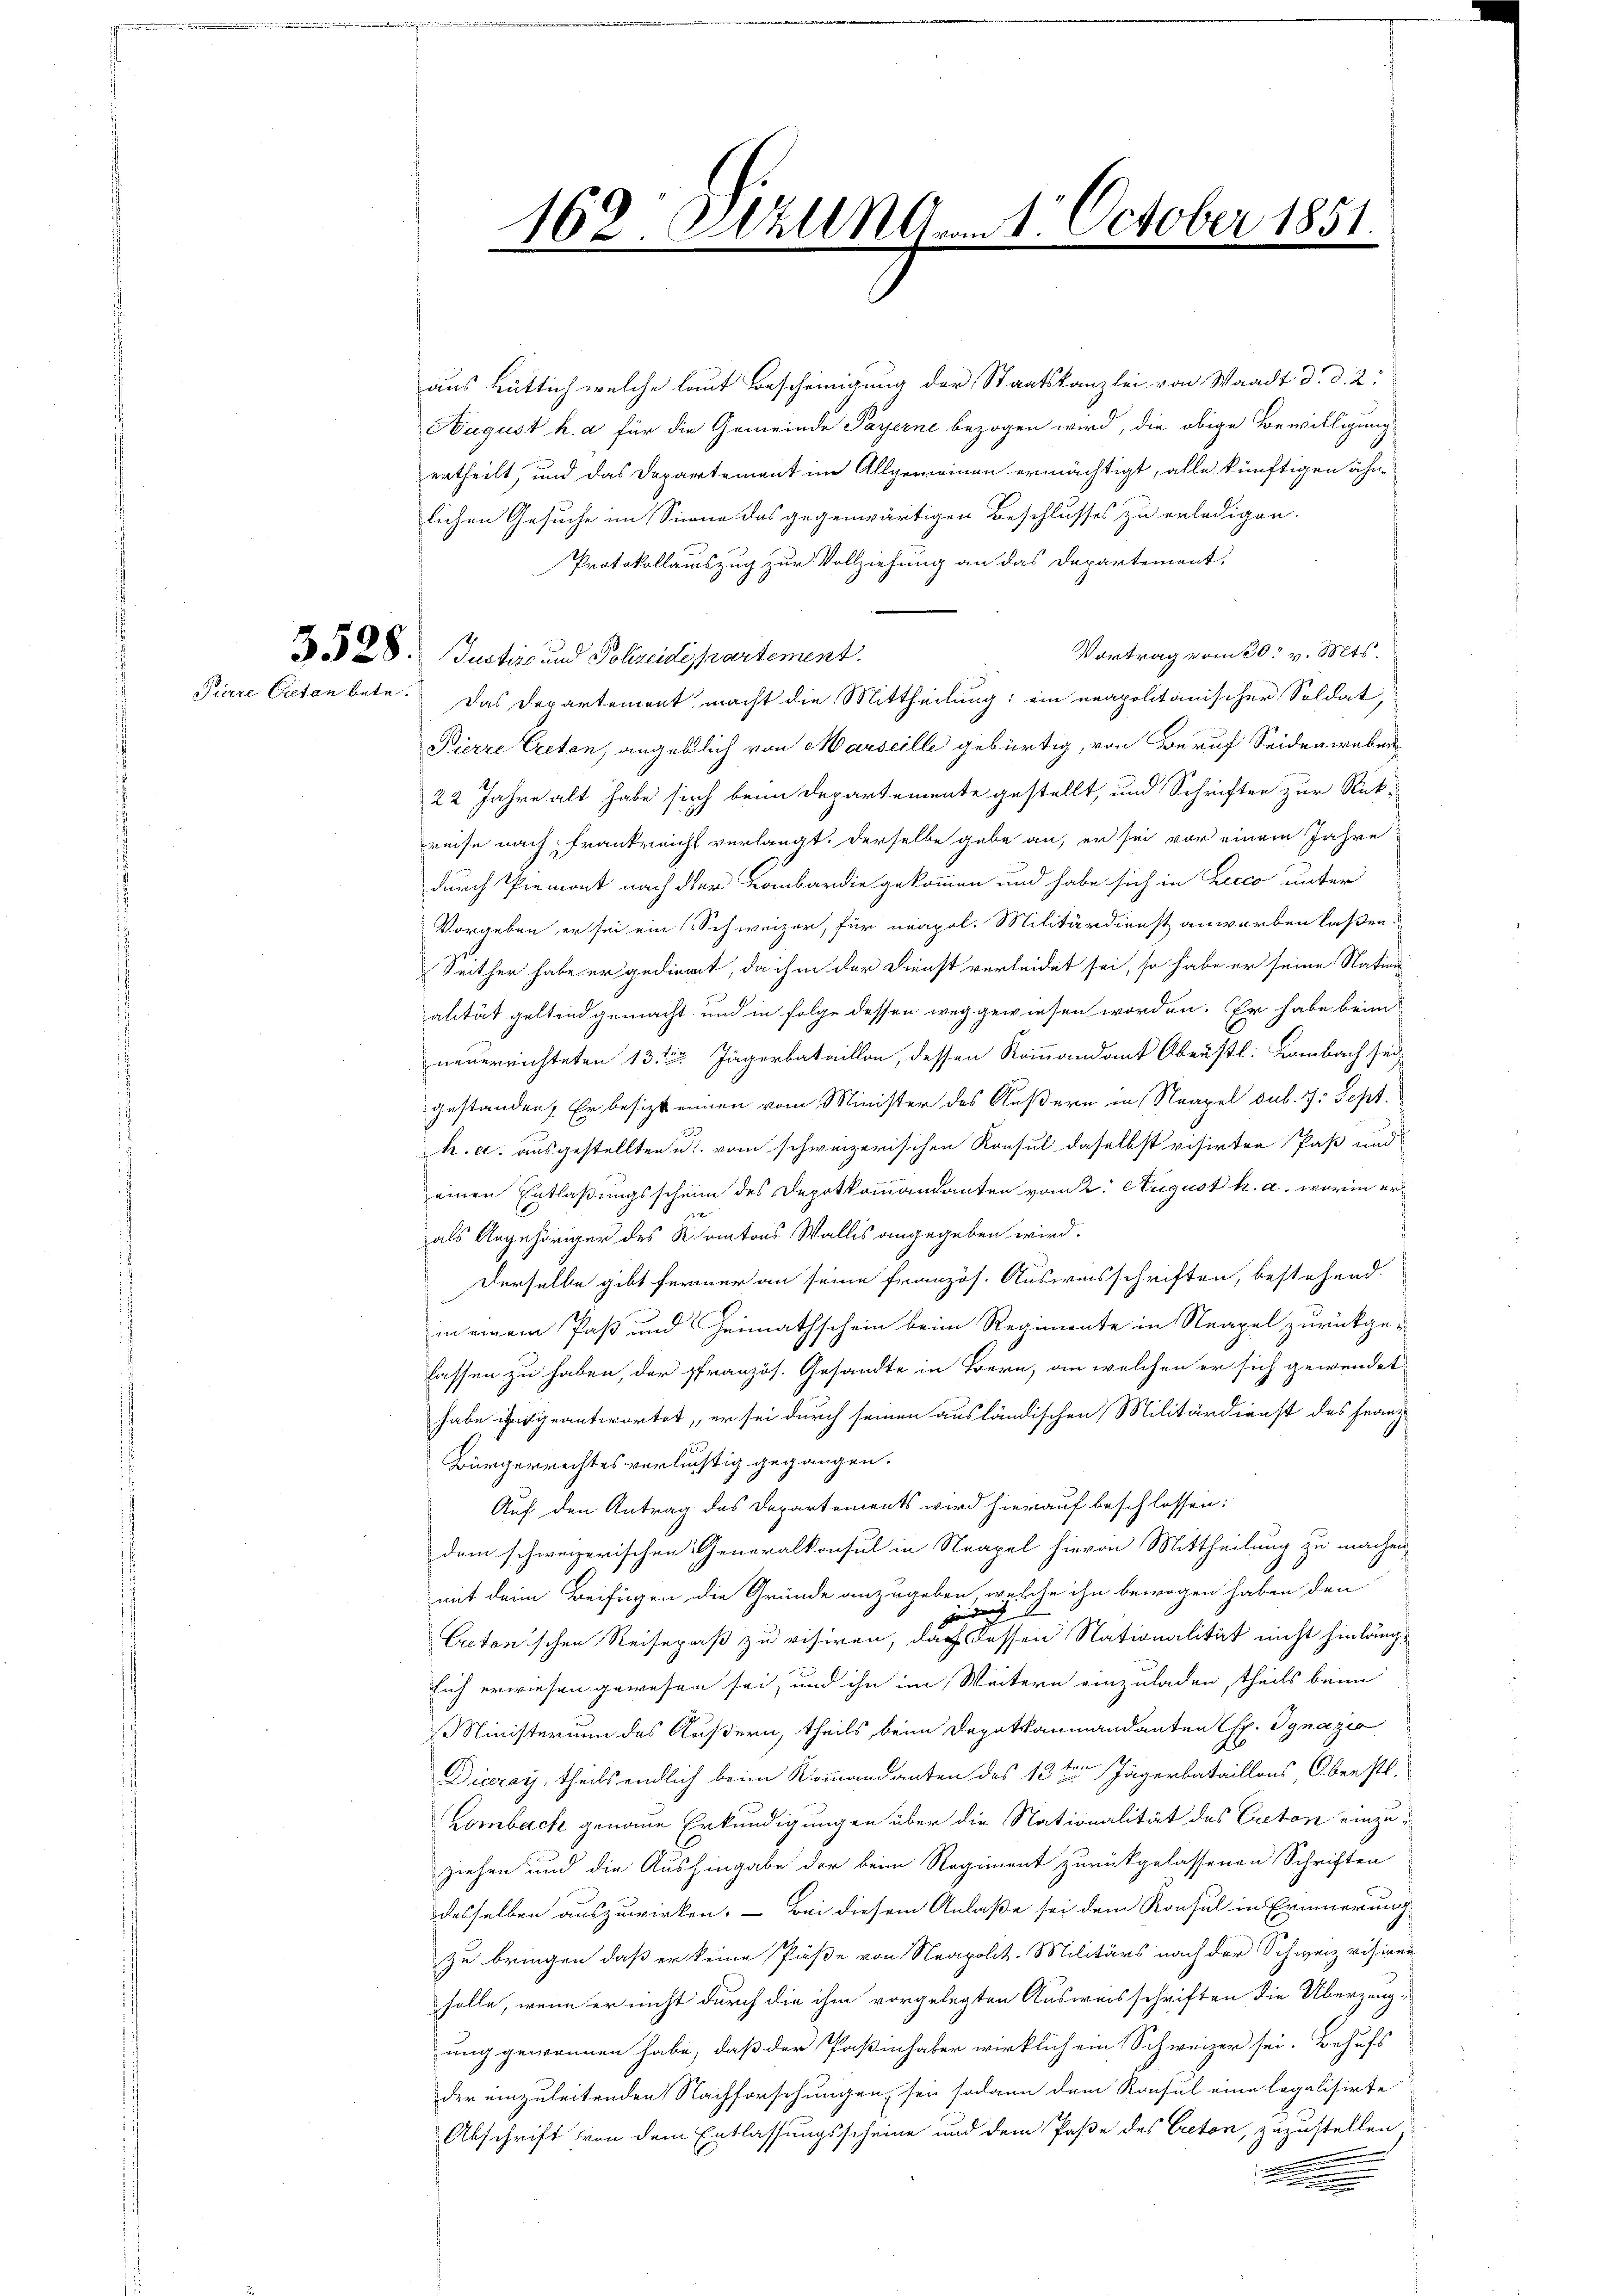
162 Sitzung 1. October 1851.
.

aus gütlich welche laut Bescheinigung der Staatskanzlei von Waadt d. d. 2.
Hugust h. a für die Gemeinde Payerne bezogen wird, die obige Bewilligung
ertheilt, und das Departement im Allgemeinen ermächtigt, alle künftigen ähnlichen Gesuche im Sinne des gegenwärtigen Beschlusses zu erledigen.
Protokollauszug zur Vollziehung an das Departement.
Vortrag vom 30. v. Mts.
3 § 28. Justiz und Polizeidepartement.
Pirre Creten betr. Das Departement macht die Mittheilung; ein neapolitanischer Soldat,
Pierre Cretan, angeblich von Marseille gebürtig, von Beruf Seidenweben
22 Jahre alt habe sich beim Departemente gestellt, und Schriften zur Stück-
reise nach Frankreicht verlangt. Derselbe gebe an, er sei vor einem Jahre
durch Piemont nach der Lombardie gekommen und habe sich in Lecco unter
Vorgeben er sei ein Schweizer, für neapol. Militärdienst anwerben laßen.
Seither habe er gedient, da ihm der Dienst verleidet sei, so habe er seine Nation
alität geltend gemacht und in Folge dessen weggewiesen worden. Er habe beim
neuerrichteten 13ten Jägerbataillon, dessen Kommandant Oberstl. Lambach sei
gestanden. Er besizteinen vom Minister des Äußern in Neapel sub. 7. Sept.
R. d. ausgestellten u. vom schweizerischen Konsul daselbst visirten Paß und
einen Entlaßungsschein des Depotkommandanten vom 2. August k. a. worin erals Angehöriger des Kantons Wallis angegeben wird.
Derselbe gibt fermer an seine französ. Ausweisschriften, bestehend
in einem Paß und Heimathschein beim Regimente in Neapel zurückgelassen zu haben, der Pfranzös. Gesandte in Bern, an welchen er sich gewendet
habe ihn geantwortet, er sei durch seinen ausländischen Militärdienst des Franz
Bürgerrechtes verlichtig gegangen.
Auf den Antrag des Departements wird hierauf beschlossen:
dem schweizerischen Generalkonsul in Neapel hievon Mittheilung zu machen,
mit dem Beifügen die Gründe anzugeben, welche ihn bewogen haben den
b
ch
xx
Cretonischen Reisepaß zu visiren, das dessen Nationalität nicht hinlängsich erwiesen gewesen sei, und ihn im Weitern einzuladen, theils beim
Ministerium des Äußern, theils beim Depotkammandanten Ex. Ignazio
Dicray, theils endlich beim Kommandanten des 13te͇n Jägerbataillons, Oberstl.
Lombach genaue Erkundigungen über die Nationalität des Creten einzuziehen und die Aushingabe der beim Regiment zurückgelassenen Schriften
desselben auszuwirken. — Bei diesem Anlaße sei dem Konsul in Erinnerung
zu bringen, daß er keine Paße von Neapolit. Militärs nach der Schweiz visiren
solle, wenn er nicht durch die ihm vorgelegten Ausweisschriften die Überzeugung gewonnen habe, daß der Paßinhaber wirklich ein Schweizer sei. Behufs
der einzuleitenden Nachforschungen, sei sodann dem Konsul eine legalisirte
Abschrift von dem Entlassungsscheine und dem Paße des Creton, zuzustellen,
u
.
den